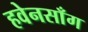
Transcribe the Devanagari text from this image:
हवेनसाँग